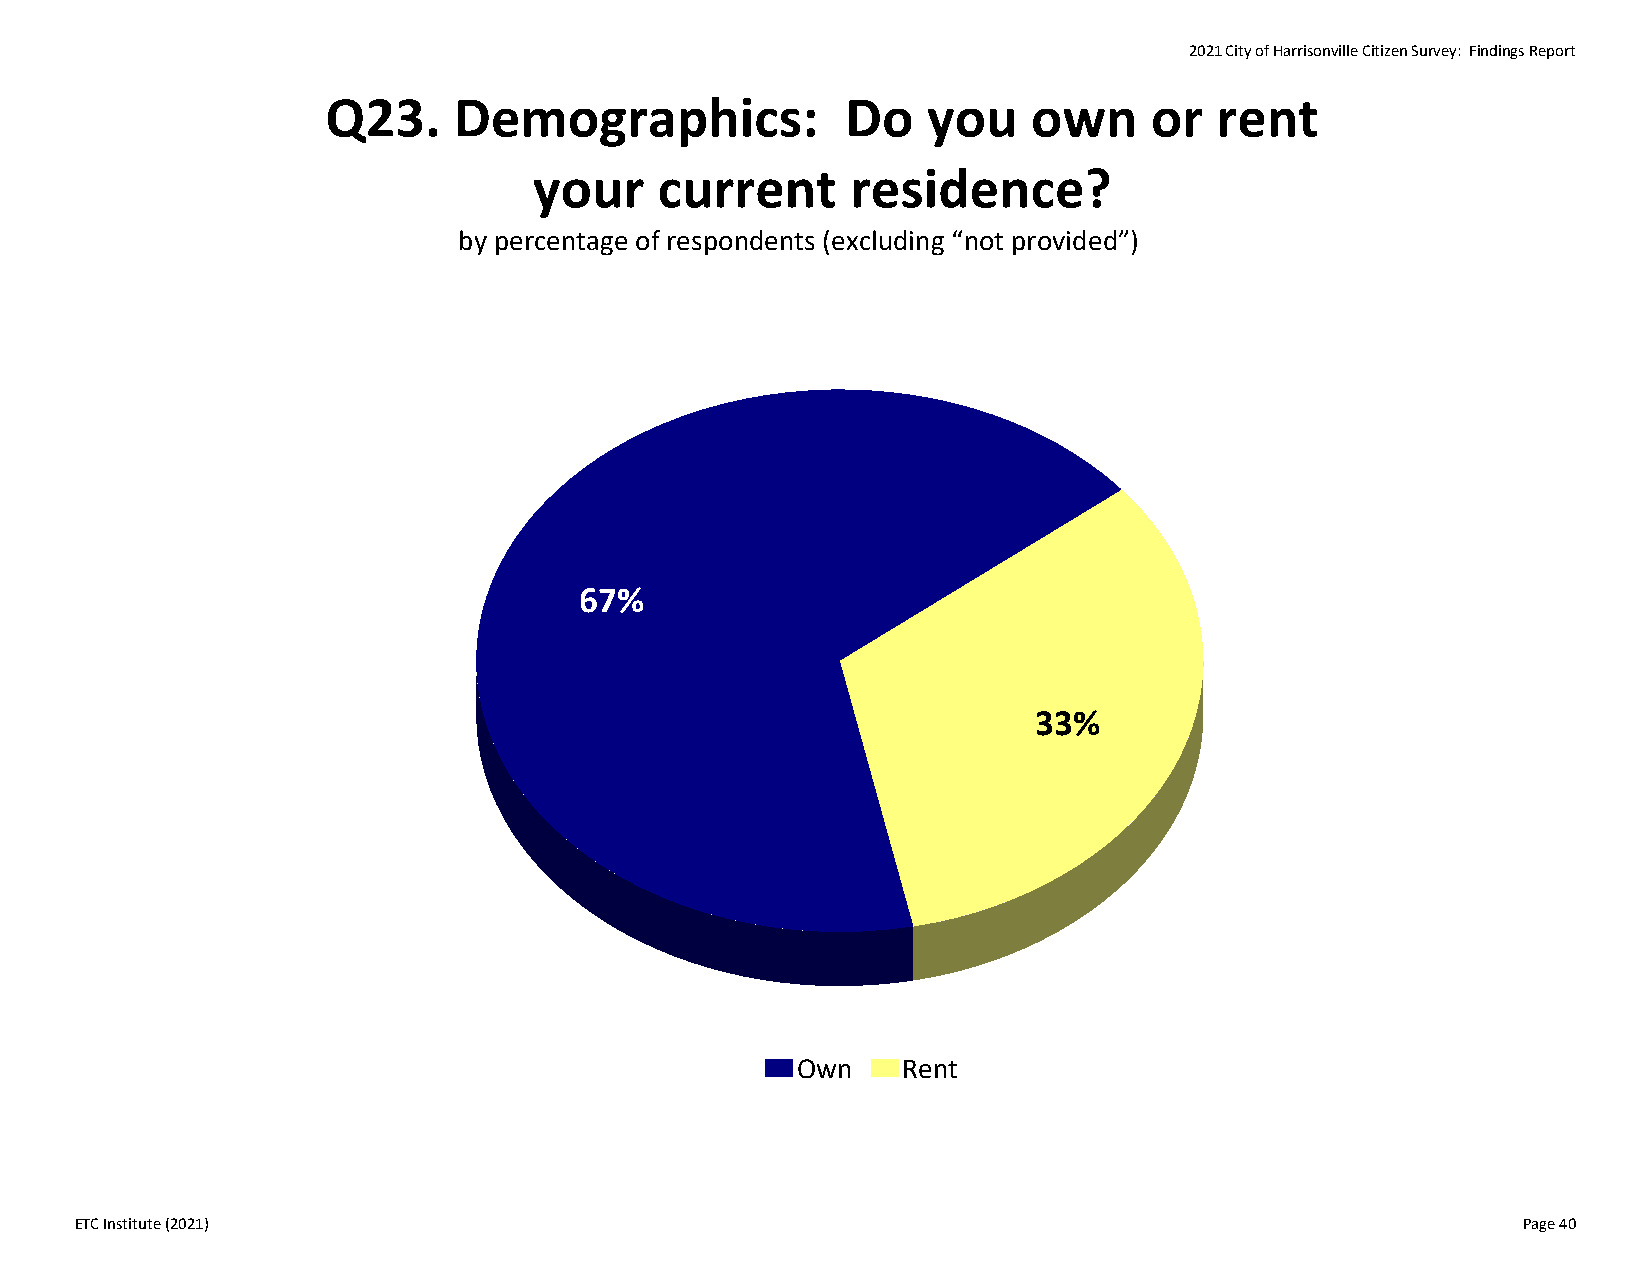
2021 City of Harrisonville Citizen Survey: Findings Report
 Q23.    Demographics:             Do   you    own     or   rent
 your     current     residence?
 by percentage of respondents (excluding “not provided”)
 67%
 33%
 Own    Rent
 ETC Institute (2021)                                                                            Page 40